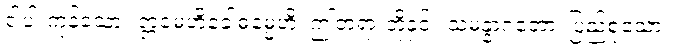
ငါပါးကုန်သော။ ဣမေဟိခေါဓမ္မေဟိ၊ ဤတရားတို့နှင့်။ သမန္နာဂတော၊ ပြည့်စုံသော။